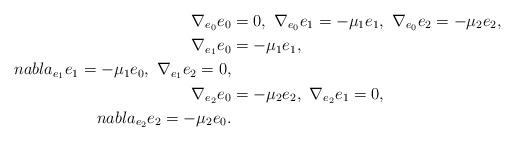
LaTeX: \begin{align*}\nabla_{e_0}e_{0}&=0,\ \nabla_{e_0}e_{1}=-\mu_1e_1,\ \nabla_{e_0}e_{2}=-\mu_2e_2,\\\nabla_{e_1}e_{0}&=-\mu_1e_1,\\nabla_{e_1}e_{1}=-\mu_1e_0,\ \nabla_{e_1}e_{2}=0,\\\nabla_{e_2}e_{0}&=-\mu_2e_2,\ \nabla_{e_2}e_{1}=0,\\nabla_{e_2}e_{2}=-\mu_2e_0.\end{align*}